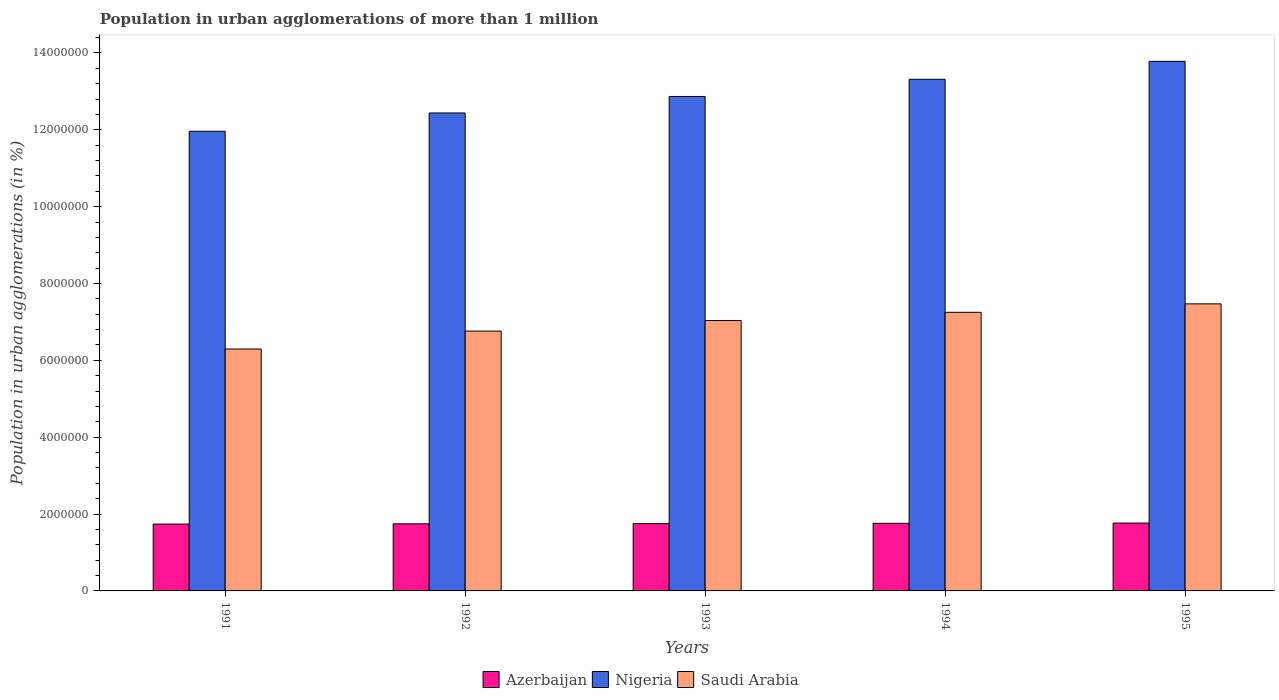
| Years | Azerbaijan | Nigeria | Saudi Arabia |
 | --- | --- | --- | --- |
 | 1991 | 1.74e+06 | 1.2e+07 | 6.3e+06 |
 | 1992 | 1.75e+06 | 1.24e+07 | 6.76e+06 |
 | 1993 | 1.75e+06 | 1.29e+07 | 7.04e+06 |
 | 1994 | 1.76e+06 | 1.33e+07 | 7.25e+06 |
 | 1995 | 1.77e+06 | 1.38e+07 | 7.47e+06 |